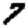
Digit: 7